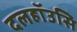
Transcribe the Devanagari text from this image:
दलहॉउसिे